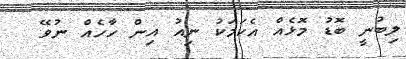
ލިބުނީ ބޮޑު މޮޅެއް އެކަމަކު ނިއު އިން ހާހެއް ނުވޭ